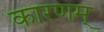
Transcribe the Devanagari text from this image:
कारणम्